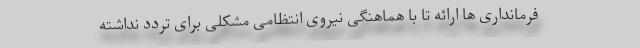
فرمانداری ها ارائه تا با هماهنگی نیروی انتظامی مشکلی برای تردد نداشته